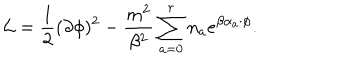
LaTeX: { \cal L } = \frac { 1 } { 2 } ( \partial \phi ) ^ { 2 } - \frac { m ^ { 2 } } { \beta ^ { 2 } } \sum _ { a = 0 } ^ { r } n _ { a } e ^ { \beta \alpha _ { a } \cdot \phi } .